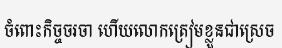
ចំពោះកិច្ចចរចា ហើយលោកត្រៀមខ្លួនជាស្រេច